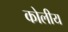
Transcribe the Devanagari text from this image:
कोलीय